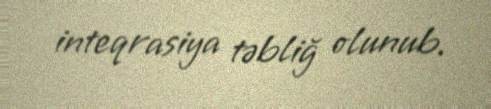
inteqrasiya təbliğ olunub.